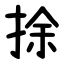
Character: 捈